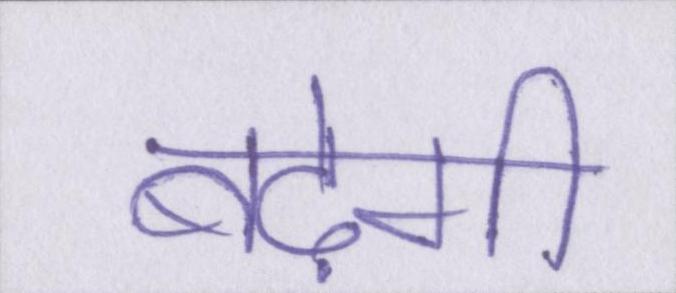
बढ़ेगी